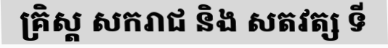
គ្រិស្ត សករាជ និង សតវត្ស ទី